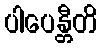
ပါပေန္တီတိ